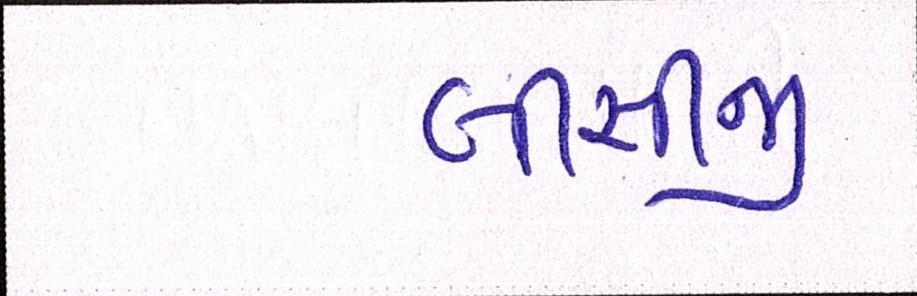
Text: બીસીજી